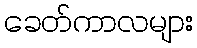
ခေတ်ကာလများ